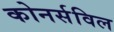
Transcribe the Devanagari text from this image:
कोनर्सविल